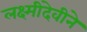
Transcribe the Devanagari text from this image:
लक्ष्मीदेवीने